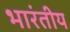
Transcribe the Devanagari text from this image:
भारंतीय